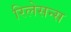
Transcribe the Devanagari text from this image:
रिलेसन्स